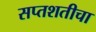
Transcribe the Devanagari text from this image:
सप्तशतीचा